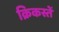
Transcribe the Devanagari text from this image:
क्रिकस्तें